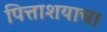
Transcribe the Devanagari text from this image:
पित्ताशयाचा